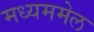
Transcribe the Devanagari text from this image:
मध्यममेल